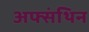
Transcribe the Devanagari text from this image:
अफ्संथिन